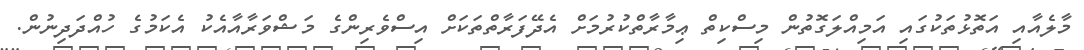
މާލެއާއި އަތޮޅުތަކުގައި އަމިއްލަގޮތުން މިސްކިތް ޢިމާރާތްކުރުމަށް އެދޭފަރާތްތަކަށް އިސްވެރިންގެ މަޝްވަރާއާއެކު އެކަމުގެ ހުއްދަދިނުން.